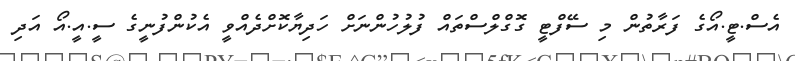
އެސް.ޓީ.އޯގެ ފަރާތުން މި ސޭފްޓީ ގޮގްލްސްތައް ފުލުހުންނަށް ހަދިޔާކޮށްދެއްވީ އެކުންފުނީގެ ސީ.އީ.އޯ އަދި